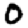
Digit: 0